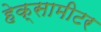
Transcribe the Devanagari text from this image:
हेक्सामीटर